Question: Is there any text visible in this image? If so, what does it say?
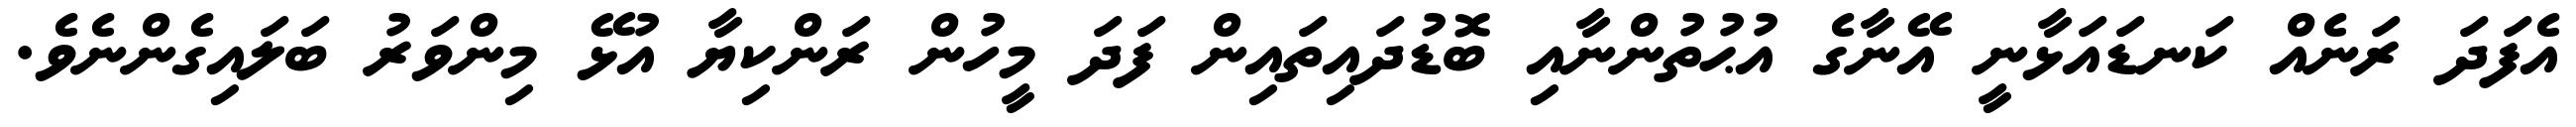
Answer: އެފަދަ ރަނެއް ކަނޑައަޅާނީ އޭނާގެ އުޙުތުންނާއި ބޮޑުދައިތައިން ފަދަ މީހުން ރަންކިޔާ އުޅޭ މިންވަރު ބަލައިގެންނެވެ.